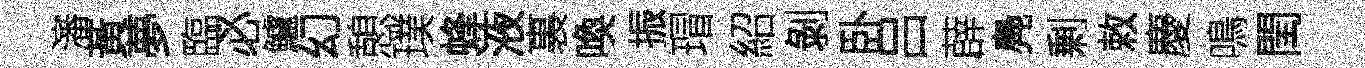
瀋黃夢臨必鱸幻憩璞蜂液裏喚振瑁紹剝卧吕薜鳧剰敕慶鳴閏